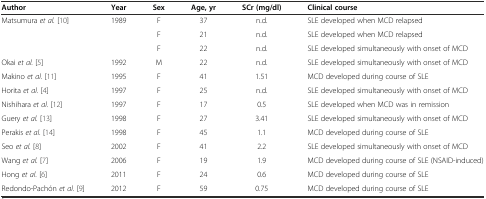
| Author | Year | Sex | Age, yr | SCr (mg/dl) | Clinical course |
 | --- | --- | --- | --- | --- | --- |
 | <ROWSPAN=3> Matsumura et al.[10] | <ROWSPAN=3> 1989 | F | 37 | n.d. | SLE developed when MCD relapsed |
 | F | 21 | n.d. | SLE developed when MCD relapsed |
 | F | 22 | n.d. | SLE developed simultaneously with onset of MCD |
 | Okai et al.[5] | 1992 | M | 22 | n.d. | SLE developed simultaneously with onset of MCD |
 | Makino et al.[11] | 1995 | F | 41 | 1.51 | MCD developed during course of SLE |
 | Horita et al.[4] | 1997 | F | 25 | n.d. | SLE developed simultaneously with onset of MCD |
 | Nishihara et al.[12] | 1997 | F | 17 | 0.5 | SLE developed when MCD was in remission |
 | Guery et al.[13] | 1998 | F | 27 | 3.41 | SLE developed simultaneously with onset of MCD |
 | Perakis et al.[14] | 1998 | F | 45 | 1.1 | MCD developed during course of SLE |
 | Seo et al.[8] | 2002 | F | 41 | 2.2 | SLE developed simultaneously with onset of MCD |
 | Wang et al.[7] | 2006 | F | 19 | 1.9 | MCD developed during course of SLE (NSAID-induced) |
 | Hong et al.[6] | 2011 | F | 24 | 0.6 | MCD developed during course of SLE |
 | Redondo-Pachón et al.[9] | 2012 | F | 59 | 0.75 | MCD developed during course of SLE |